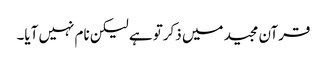
قرآن مجید میں ذکرتو ہے لیکن نام نہیں آیا۔